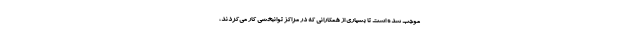
موجب شده است تا بسیاری از همکارانی که در مراکز توانبخشی کار می‌کردند،